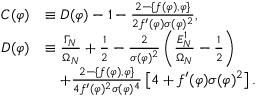
\begin{array} { r l } { C ( \varphi ) } & { \equiv D ( \varphi ) - 1 - \frac { 2 - \{ f ( \varphi ) , \varphi \} } { 2 f ^ { \prime } ( \varphi ) \sigma ( \varphi ) ^ { 2 } } , } \\ { D ( \varphi ) } & { \equiv \frac { \Gamma _ { N } } { \Omega _ { N } } + \frac { 1 } { 2 } - \frac { 2 } { \sigma ( \varphi ) ^ { 2 } } \left( \frac { E _ { N } ^ { 1 } } { \Omega _ { N } } - \frac { 1 } { 2 } \right) } \\ & { \quad + \frac { 2 - \{ f ( \varphi ) , \varphi \} } { 4 f ^ { \prime } ( \varphi ) ^ { 2 } \sigma ( \varphi ) ^ { 4 } } \left[ 4 + f ^ { \prime } ( \varphi ) \sigma ( \varphi ) ^ { 2 } \right] . } \end{array}